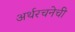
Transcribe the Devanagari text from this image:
अर्थरचनेची